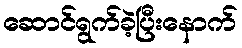
ဆောင်ရွက်ခဲ့ပြီးနောက်